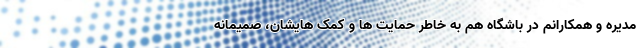
مدیره و همکارانم در باشگاه هم به خاطر حمایت ها و کمک هایشان، صمیمانه